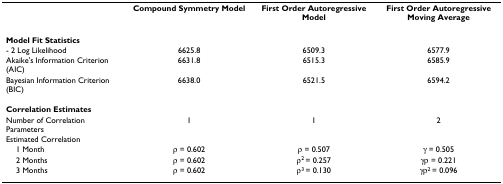
<table><thead><tr><td></td><td><b>Compound Symmetry Model</b></td><td><b>First Order Autoregressive Model</b></td><td><b>First Order Autoregressive Moving Average</b></td></tr></thead><tbody><tr><td><b>Model Fit Statistics</b></td><td></td><td></td><td></td></tr><tr><td>- 2 Log Likelihood</td><td>6625.8</td><td>6509.3</td><td>6577.9</td></tr><tr><td>Akaike&#x27;s Information Criterion (AIC)</td><td>6631.8</td><td>6515.3</td><td>6585.9</td></tr><tr><td>Bayesian Information Criterion (BIC)</td><td>6638.0</td><td>6521.5</td><td>6594.2</td></tr><tr><td><b>Correlation Estimates</b></td><td></td><td></td><td></td></tr><tr><td>Number of Correlation Parameters</td><td>1</td><td>1</td><td>2</td></tr><tr><td>Estimated Correlation</td><td></td><td></td><td></td></tr><tr><td> 1 Month</td><td>ρ = 0.602</td><td>ρ = 0.507</td><td>γ = 0.505</td></tr><tr><td> 2 Months</td><td>ρ = 0.602</td><td>ρ<sup>2 </sup>= 0.257</td><td>γρ = 0.221</td></tr><tr><td> 3 Months</td><td>ρ = 0.602</td><td>ρ<sup>3 </sup>= 0.130</td><td>γρ<sup>2 </sup>= 0.096</td></tr></tbody></table>